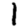
Digit: 1